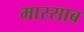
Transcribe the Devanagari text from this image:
मास्साब